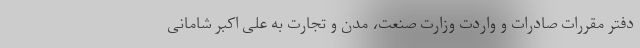
دفتر مقررات صادرات و واردت وزارت صنعت، ‌مدن و تجارت به علی اکبر شامانی